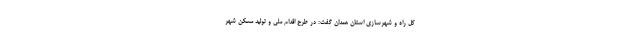
کل راه و شهرسازی استان همدان گفت: در طرح اقدام ملی و تولید مسکن شهر